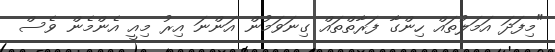
"މިފަދަ އަމަލުތައް ހިންގާ ފަރާތްތައް ގިނަވަމުން އަންނަ އިރު މިއީ އެންމެން ވެސް